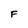
Character: F